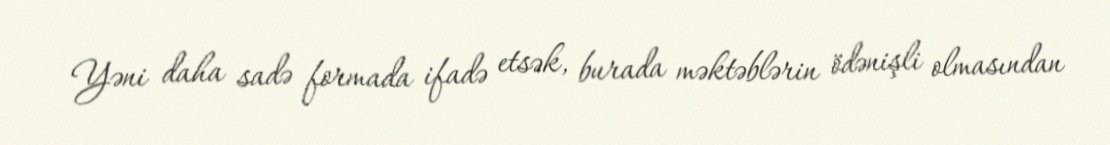
Yəni daha sadə formada ifadə etsək, burada məktəblərin ödənişli olmasından